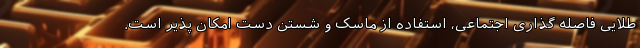
طلایی فاصله گذاری اجتماعی، استفاده از ماسک و شستن دست امکان پذیر است.